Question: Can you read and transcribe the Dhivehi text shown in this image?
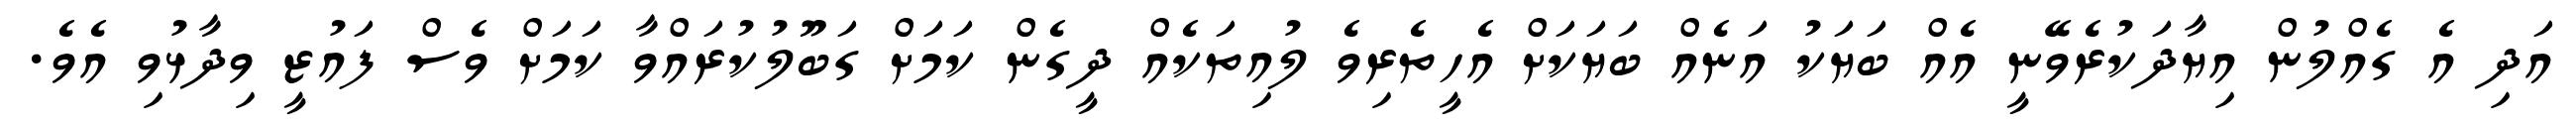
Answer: އަދި އެ ގެއްލުން އިޔާދަކުރެވޭނީ އެއް ބަޔަކު އަނެއް ބަޔަކަށް އެހީތެރިވެ ލުއިތަކެއް ދީގެން ކަމަށް ގަބޫލުކުރައްވާ ކަމަށް ވެސް ފައުޒީ ވިދާޅުވި އެވެ.